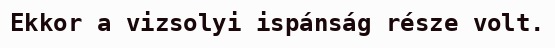
Ekkor a vizsolyi ispánság része volt.